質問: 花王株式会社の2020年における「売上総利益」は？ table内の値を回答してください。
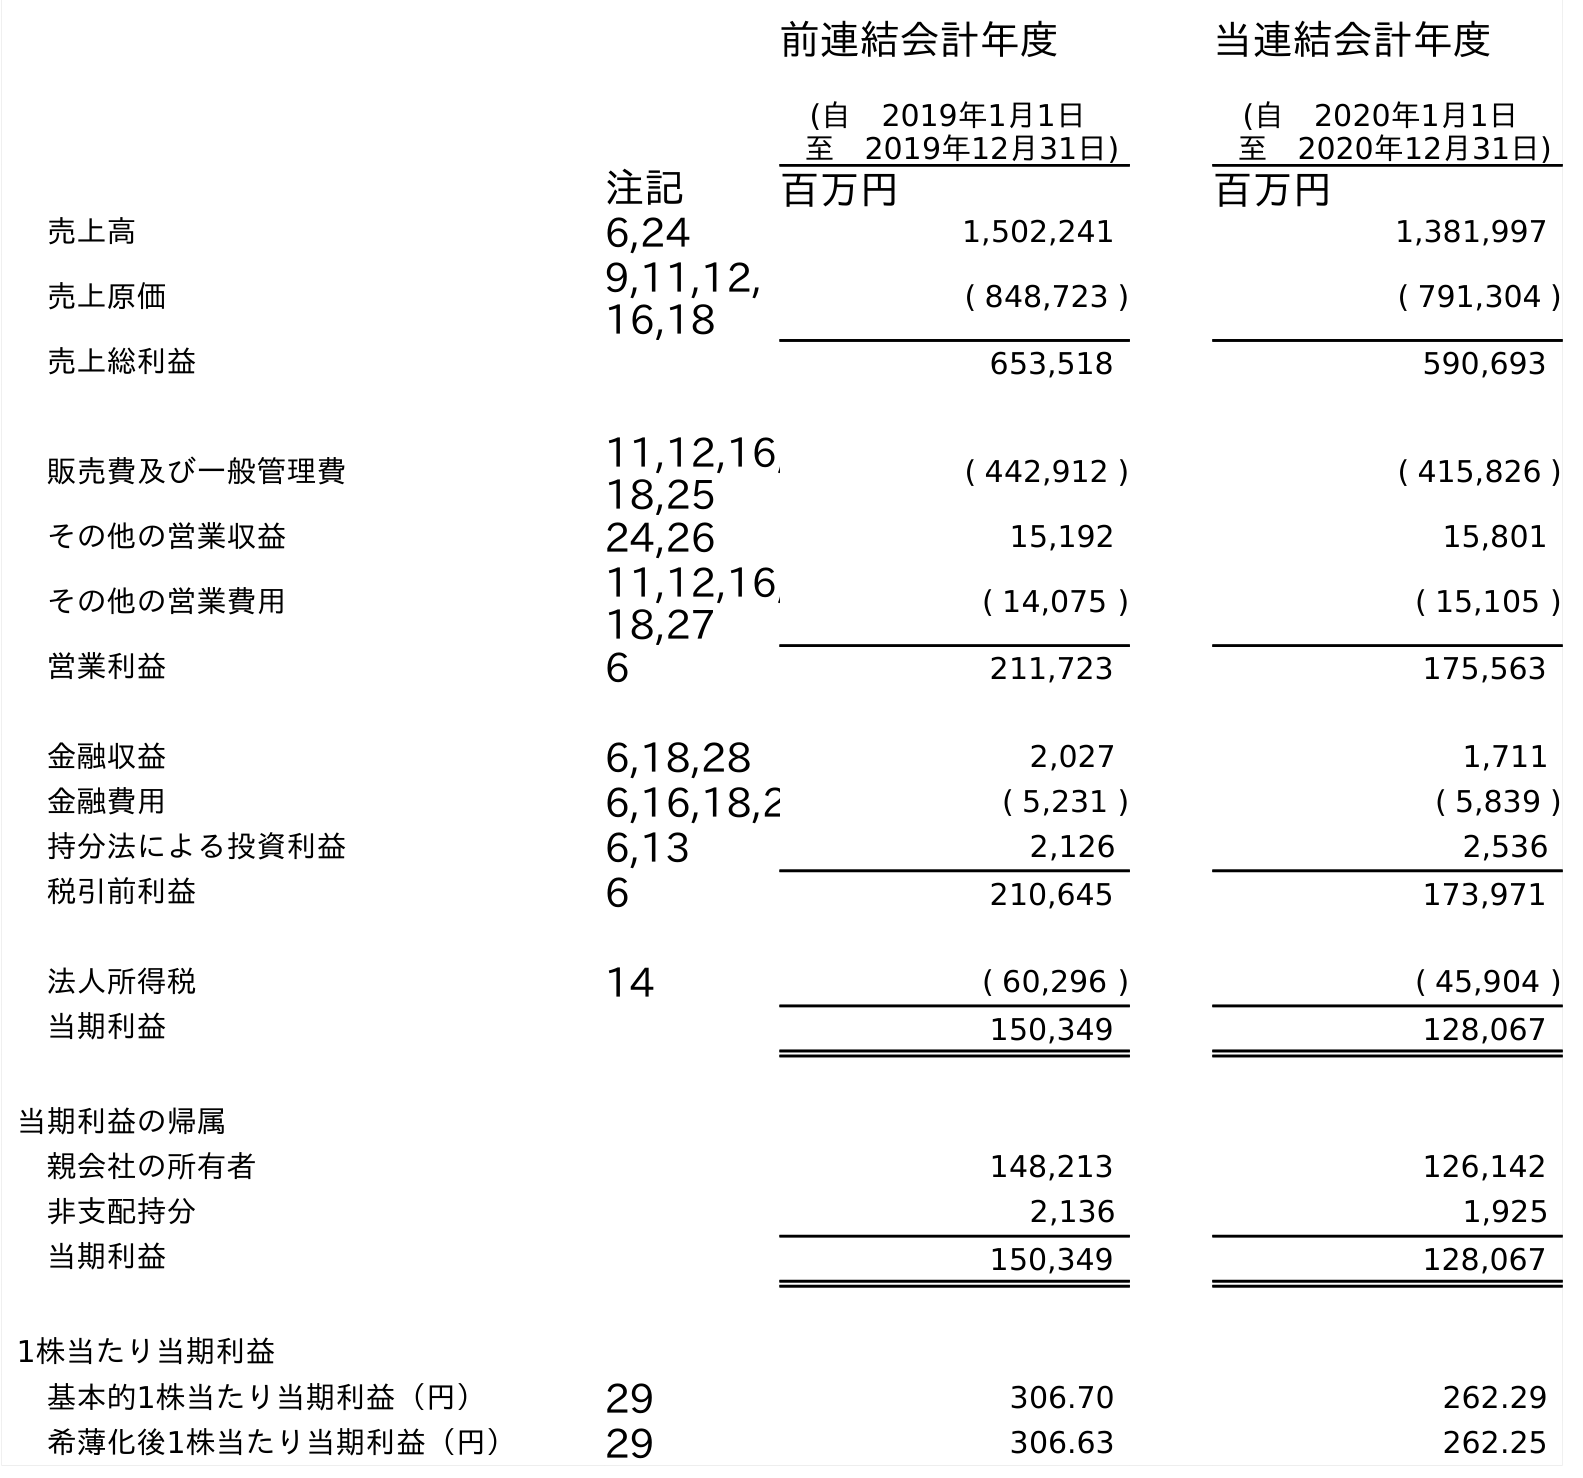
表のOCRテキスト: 前連結会計年度 (自 2019年1月1日 至 2019年12月31日) 当連結会計年度 (自 2020年1月1日 至 2020年12月31日) 注記 百万円 百万円 売上高 6,24 1,502,241 1,381,997 売上原価 9,11,12, 16,18 ( 848,723 ) ( 791,304 ) 売上総利益 653,518 590,693 販売費及び一般管理費 11,12,16, 18,25 ( 442,912 ) ( 415,826 ) その他の営業収益 24,26 15,192 15,801 その他の営業費用 11,12,16, 18,27 ( 14,075 ) ( 15,105 ) 営業利益 6 211,723 175,563 金融収益 6,18,28 2,027 1,711 金融費用 6,16,18,2 ( 5,231 ) ( 5,839 ) 持分法による投資利益 6,13 2,126 2,536 税引前利益 6 210,645 173,971 法人所得税 14 ( 60,296 ) ( 45,904 ) 当期利益 150,349 128,067 当期利益の帰属 親会社の所有者 148,213 126,142 非支配持分 2,136 1,925 当期利益 150,349 128,067 1株当たり当期利益 基本的1株当たり当期利益（円） 29 306.70 262.29 希薄化後1株当たり当期利益（円） 29 306.63 262.25
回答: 590,693